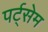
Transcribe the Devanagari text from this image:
पर्ट्सेम